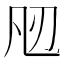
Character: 𭂮